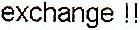
EXCHANGE!!